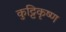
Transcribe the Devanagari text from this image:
कुट्टिकृष्ण